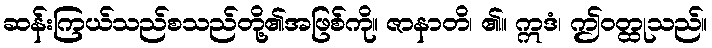
ဆန်းကြယ်သည်စသည်တို့၏အဖြစ်ကို။ ဇာနာတိ၊ ၏။ ဣဒံ၊ ဤဝတ္ထုသည်။